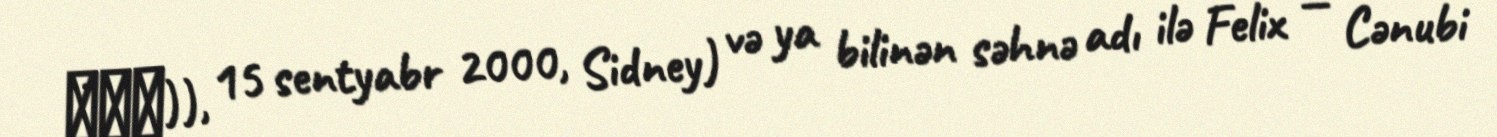
이용복)), 15 sentyabr 2000, Sidney) və ya bilinən səhnə adı ilə Felix — Cənubi